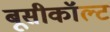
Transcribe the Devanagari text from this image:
बूसीकॉल्ट